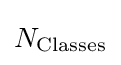
N_{\text{Classes}}